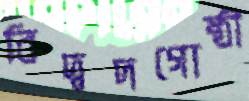
বিদ্বদগোষ্ঠী